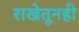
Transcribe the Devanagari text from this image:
राखेतूनही